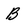
Character: b